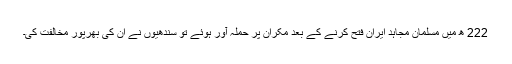
222 ھ میں مسلمان مجاہد ایران فتح کرنے کے بعد مکران پر حملہ آور ہوئے تو سندھیوں نے ان کی بھرپور مخالفت کی۔